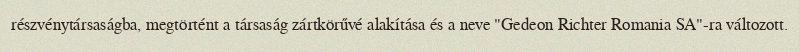
részvénytársaságba, megtörtént a társaság zártkörűvé alakítása és a neve "Gedeon Richter Romania SA"-ra változott.